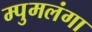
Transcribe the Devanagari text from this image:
म्पुमलंगा